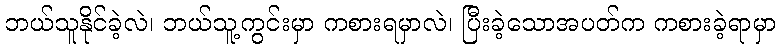
ဘယ်သူနိုင်ခဲ့လဲ၊ ဘယ်သူ့ကွင်းမှာ ကစားရမှာလဲ၊ ပြီးခဲ့သောအပတ်က ကစားခဲ့ရာမှာ